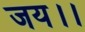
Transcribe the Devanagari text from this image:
जय।।